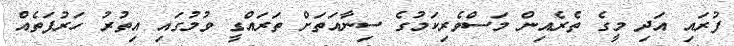
ފުރައި އަދި މީގެ ތެރެއިން މަސްވެރިކަމުގެ ސިނާއަތަށް ތަރައްގީ ވުމުގައި އިތުރު ހަރުފަތެއް